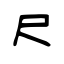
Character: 尺